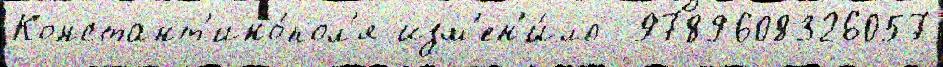
Констант'ино́пол'я изм'ен'и́ло  9789608326057